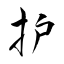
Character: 护